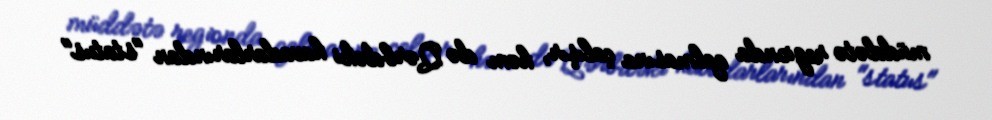
müddətə regionda qalmasına çalışır, həm də Qərbdəki havadarlarından "status"